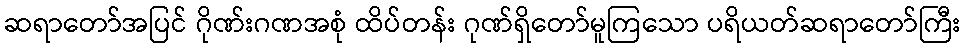
ဆရာတော်အပြင် ဂိုဏ်းဂဏအစုံ ထိပ်တန်း ဂုဏ်ရှိတော်မူကြသော ပရိယတ်ဆရာတော်ကြီး